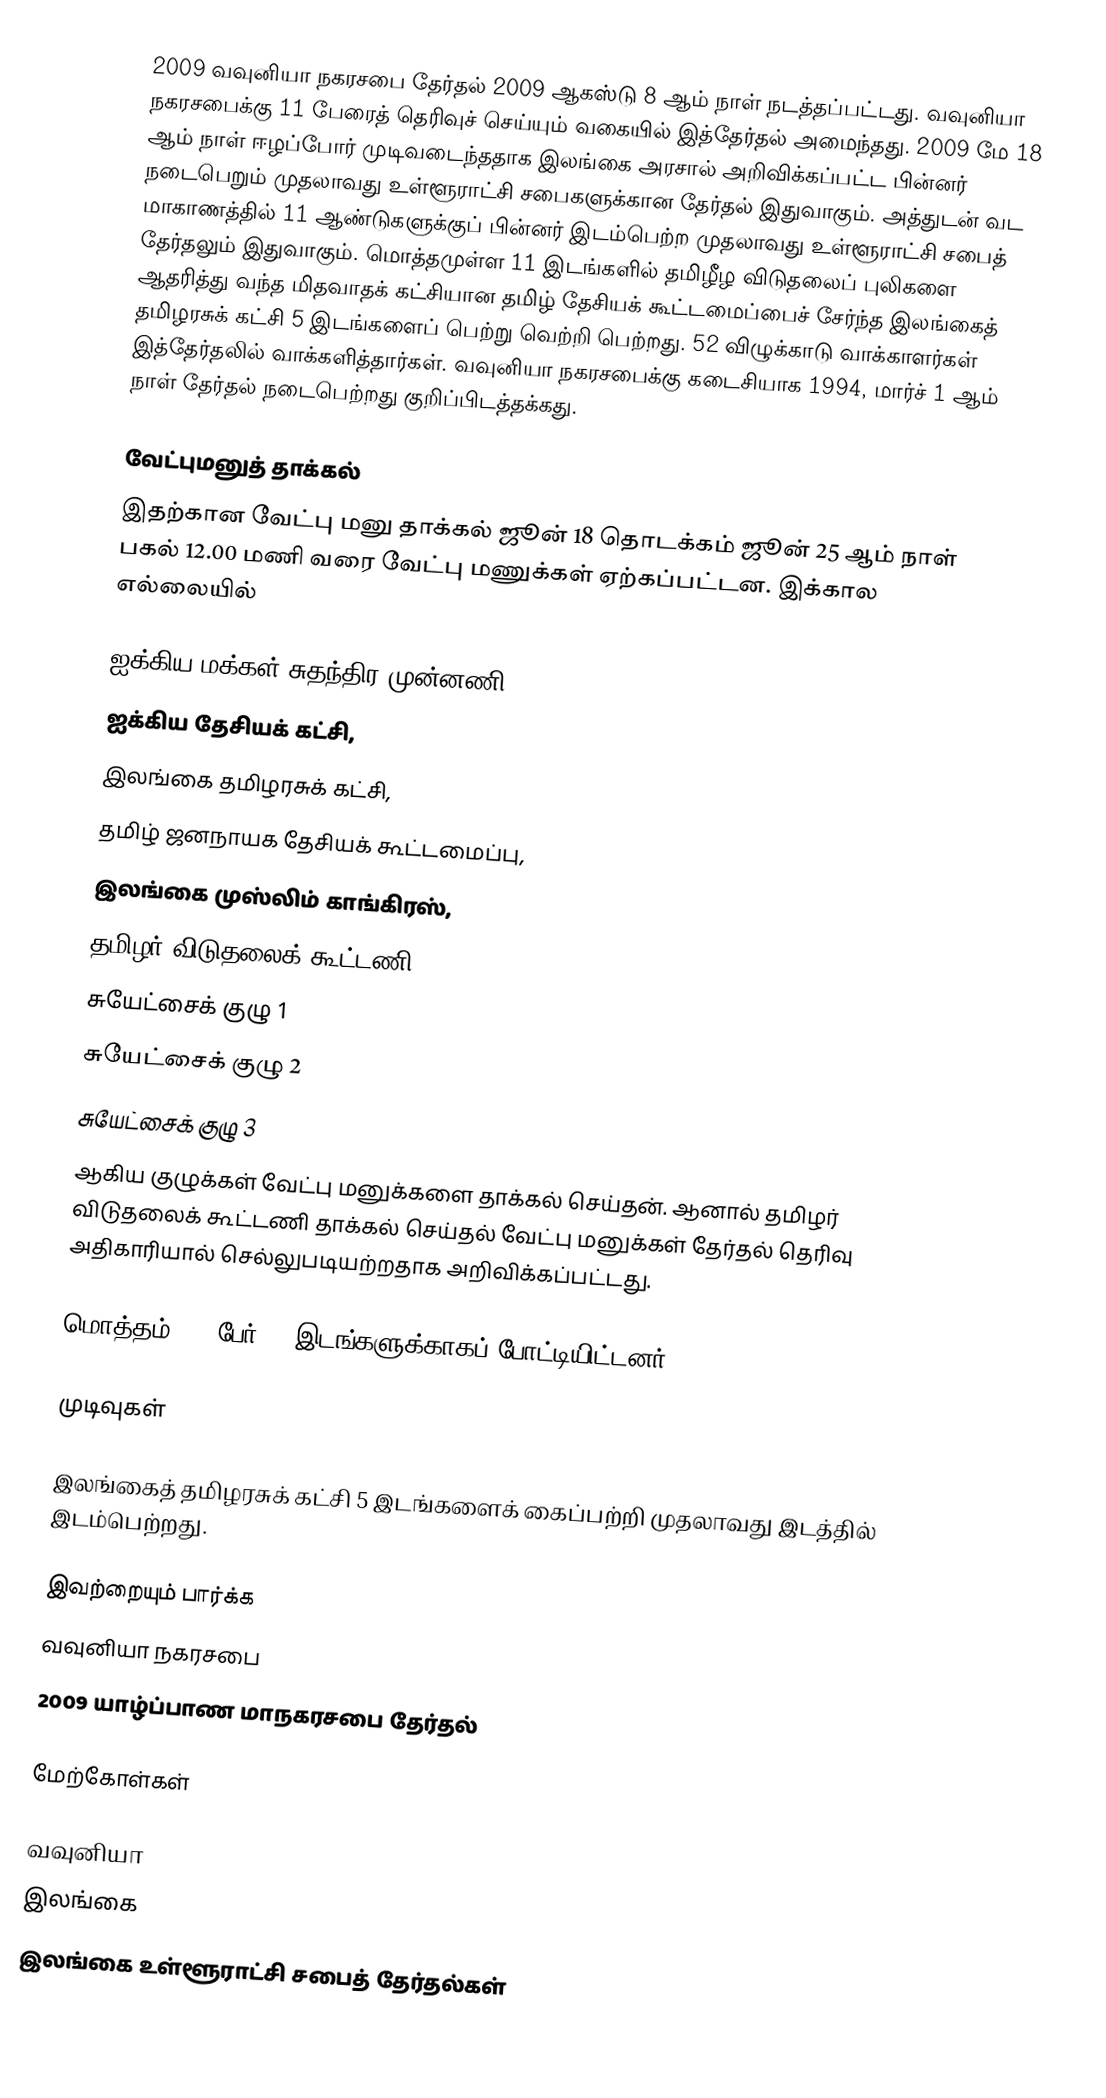
2009 வவுனியா நகரசபை தேர்தல் 2009 ஆகஸ்டு 8 ஆம் நாள் நடத்தப்பட்டது. வவுனியா நகரசபைக்கு 11 பேரைத் தெரிவுச் செய்யும் வகையில் இத்தேர்தல் அமைந்தது. 2009 மே 18 ஆம் நாள் ஈழப்போர் முடிவடைந்ததாக இலங்கை அரசால் அறிவிக்கப்பட்ட பின்னர் நடைபெறும் முதலாவது உள்ளூராட்சி சபைகளுக்கான தேர்தல் இதுவாகும். அத்துடன் வட மாகாணத்தில் 11 ஆண்டுகளுக்குப் பின்னர் இடம்பெற்ற முதலாவது உள்ளூராட்சி சபைத் தேர்தலும் இதுவாகும். மொத்தமுள்ள 11 இடங்களில் தமிழீழ விடுதலைப் புலிகளை ஆதரித்து வந்த மிதவாதக் கட்சியான தமிழ் தேசியக் கூட்டமைப்பைச் சேர்ந்த இலங்கைத் தமிழரசுக் கட்சி 5 இடங்களைப் பெற்று வெற்றி பெற்றது. 52 விழுக்காடு வாக்காளர்கள் இத்தேர்தலில் வாக்களித்தார்கள். வவுனியா நகரசபைக்கு கடைசியாக 1994, மார்ச் 1 ஆம் நாள் தேர்தல் நடைபெற்றது குறிப்பிடத்தக்கது.

வேட்புமனுத் தாக்கல்
இதற்கான வேட்பு மனு தாக்கல் ஜூன் 18 தொடக்கம் ஜூன் 25 ஆம் நாள் பகல் 12.00 மணி வரை வேட்பு மணுக்கள் ஏற்கப்பட்டன. இக்கால எல்லையில்

ஐக்கிய மக்கள் சுதந்திர முன்னணி,
ஐக்கிய தேசியக் கட்சி,
இலங்கை தமிழரசுக் கட்சி,
தமிழ் ஜனநாயக தேசியக் கூட்டமைப்பு,
இலங்கை முஸ்லிம் காங்கிரஸ்,
தமிழர் விடுதலைக் கூட்டணி
சுயேட்சைக் குழு 1
சுயேட்சைக் குழு 2
சுயேட்சைக் குழு 3
ஆகிய குழுக்கள் வேட்பு மனுக்களை தாக்கல் செய்தன். ஆனால் தமிழர் விடுதலைக் கூட்டணி  தாக்கல் செய்தல் வேட்பு மனுக்கள் தேர்தல் தெரிவு அதிகாரியால் செல்லுபடியற்றதாக அறிவிக்கப்பட்டது.

மொத்தம் 135 பேர் 11 இடங்களுக்காகப் போட்டியிட்டனர்.

முடிவுகள்

இலங்கைத் தமிழரசுக் கட்சி 5 இடங்களைக் கைப்பற்றி முதலாவது இடத்தில் இடம்பெற்றது.

இவற்றையும் பார்க்க
 வவுனியா நகரசபை
 2009 யாழ்ப்பாண மாநகரசபை தேர்தல்

மேற்கோள்கள்

வவுனியா
இலங்கை
இலங்கை உள்ளூராட்சி சபைத் தேர்தல்கள்